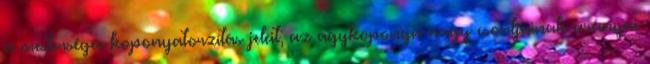
a mesterséges koponyatorzítás jeleit; az agykoponya nagy csontjainak arányai